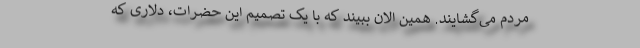
مردم می‌گشایند. همین الان ببیند که با یک تصمیم این حضرات، دلاری که